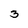
Character: 3